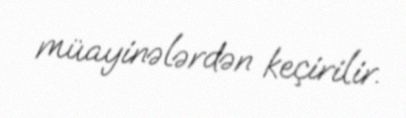
müayinələrdən keçirilir.